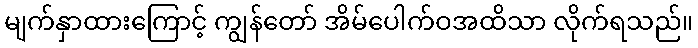
မျက်နှာထားကြောင့် ကျွန်တော် အိမ်ပေါက်ဝအထိသာ လိုက်ရသည်။